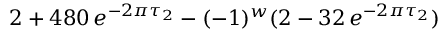
2 + 4 8 0 \, e ^ { - 2 \pi \tau _ { 2 } } - ( - 1 ) ^ { w } ( 2 - 3 2 \, e ^ { - 2 \pi \tau _ { 2 } } )